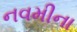
નવમીના